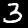
Label: 3